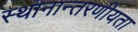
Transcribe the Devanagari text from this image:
स्थानान्तरणीयता